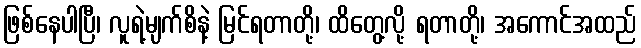
ဖြစ်နေပါပြီ၊ လူရဲ့မျက်စိနဲ့ မြင်ရတာတို့၊ ထိတွေ့လို့ ရတာတို့၊ အကောင်အထည်